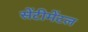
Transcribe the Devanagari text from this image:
सेंटीमेंटल